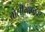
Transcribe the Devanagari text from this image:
बोलीभाषांवर